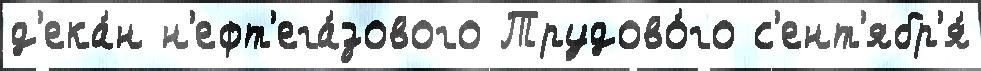
д'ека́н н'ефт'ега́зового Трудово́го с'ент'ябр'я́